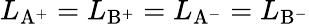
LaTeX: L_{\mathrm{{A^{+}}}}=L_{\mathrm{{B^{+}}}}=L_{\mathrm{{A^{-}}}}=L_{\mathrm{{B^{-}}}}